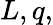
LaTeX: L,q,